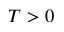
T > 0